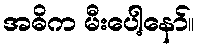
အဓိက မီးပေါ့နော်။